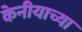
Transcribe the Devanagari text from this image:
केनीयाच्या